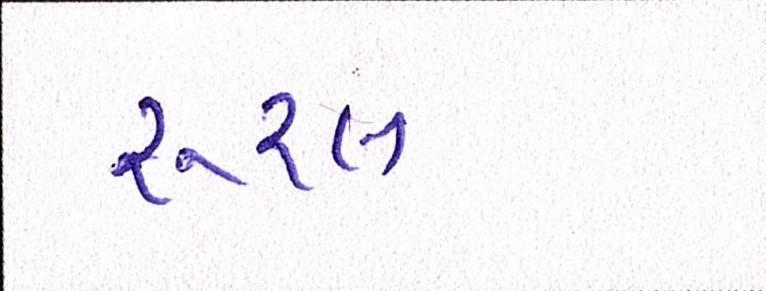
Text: રૂરલ